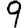
Digit: 9